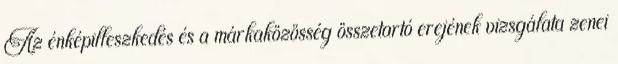
Az énképilleszkedés és a márkaközösség összetartó erejének vizsgálata zenei